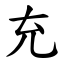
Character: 充